Leprosy in India: report of the Leprosy Commission in India, 1890-91
Year: 1890
Disease focus: Leprosy
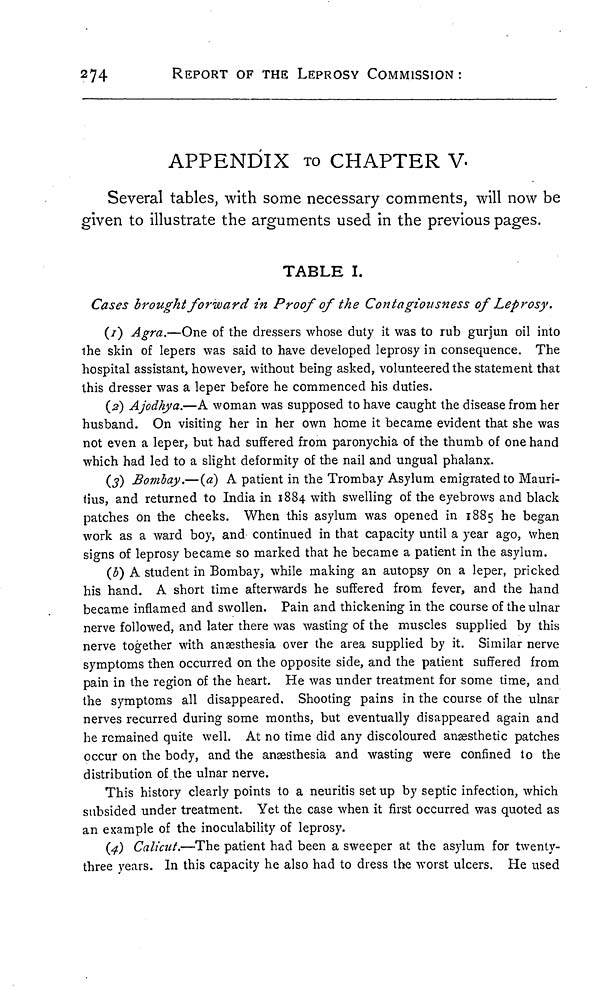
274
REPORT OF THE LEPROSY COMMISSION:
APPENDIX TO CHAPTER V.
Several tables, with some necessary comments, will now be
given to illustrate the arguments used in the previous pages.
TABLE I.
Cases brought forward in Proof of the Contagiousness of Leprosy.
(1) Agra.—One of the dressers whose duty it was to rub gurjun oil into
the skin of lepers was said to have developed leprosy in consequence. The
hospital assistant, however, without being asked, volunteered the statement that
this dresser was a leper before he commenced his duties.
(2) Ajodhya.—A woman was supposed to have caught the disease from her
husband. On visiting her in her own home it became evident that she was
not even a leper, but had suffered from paronychia of the thumb of one hand
which had led to a slight deformity of the nail and ungual phalanx.
(3) Bombay.—(a) A patient in the Trombay Asylum emigrated to Mauri-
tius, and returned to India in 1884 with swelling of the eyebrows and black
patches on the cheeks. When this asylum was opened in 1885 he began
work as a ward boy, and continued in that capacity until a year ago, when
signs of leprosy became so marked that he became a patient in the asylum.
(b) A student in Bombay, while making an autopsy on a leper, pricked
his hand. A short time afterwards he suffered from fever, and the hand
became inflamed and swollen. Pain and thickening in the course of the ulnar
nerve followed, and later there was wasting of the muscles supplied by this
nerve together with anaesthesia over the area supplied by it. Similar nerve
symptoms then occurred on the opposite side, and the patient suffered from
pain in the region of the heart. He was under treatment for some time, and
the symptoms all disappeared. Shooting pains in the course of the ulnar
nerves recurred during some months, but eventually disappeared again and
he remained quite well. At no time did any discoloured anaesthetic patches
occur on the body, and the anaesthesia and wasting were confined to the
distribution of the ulnar nerve.
This history clearly points to a neuritis set up by septic infection, which
subsided under treatment. Yet the case when it first occurred was quoted as
an example of the inoculability of leprosy.
(4) Calicut.—The patient had been a sweeper at the asylum for twenty-
three years. In this capacity he also had to dress the worst ulcers. He used